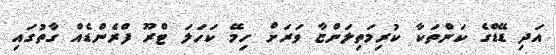
އަދި ޑޭޑްގެ ކަންތަކާ ކުރިމަތިލަންޏާ ވަރަށް ހިމޭ ކަހަލަ ޓްރޫ ފްރެންޑެއް ގާތުގައި